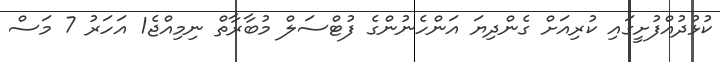
ކުޅުދުއްފުށީގައި ކުރިއަށް ގެންދިޔަ އަންހެނުންގެ ފުޓްސަލް މުބާރާތް ނިމިއްޖެ1 އަހަރު 7 މަސް